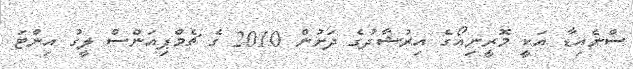
ސްނެއިޑާ އަކީ މޮރީނިއޯގެ އިރުޝާދުގެ ދަށުން 2010 ގެ ޗެމްޕިއަންސް ލީގު އިންޓަ